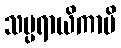
သမ္ပရာယိကာပိ